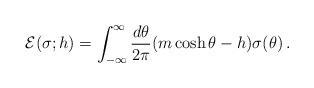
LaTeX: \begin{align*}{\cal E}(\sigma;h)=\int_{-\infty}^\infty {d\theta\over2\pi}(m\cosh\theta-h)\sigma(\theta)\, .\end{align*}